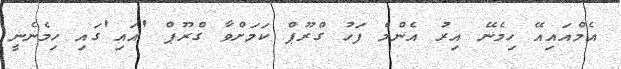
އެމްއައިއޭ ހިމެނޭ އިރު އެންމެ ފަހު ގްރޫޕް ކަމަށްވާ ގްރޫޕް 'އައި'ގައި ހިމެނެނީ